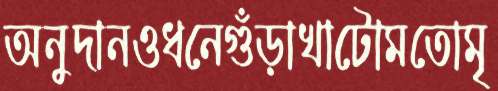
অনুদানওধনেগুঁড়াখাটোমতোমৃ